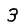
Digit: 3